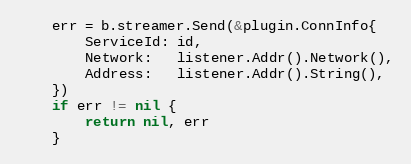
Language: Go
	err = b.streamer.Send(&plugin.ConnInfo{
		ServiceId: id,
		Network:   listener.Addr().Network(),
		Address:   listener.Addr().String(),
	})
	if err != nil {
		return nil, err
	}